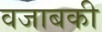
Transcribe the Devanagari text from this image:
वजाबकी